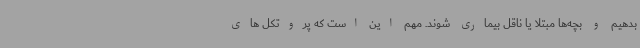
بدهیم و بچه‌ها مبتلا یا ناقل بیماری شوند. مهم این است که پروتکل های